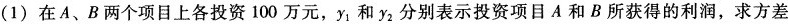
(1)在A、B两个项目上各投资100万元，y_{1}和y_{2}分别表示投资项目A和B所获得的利润，求方差